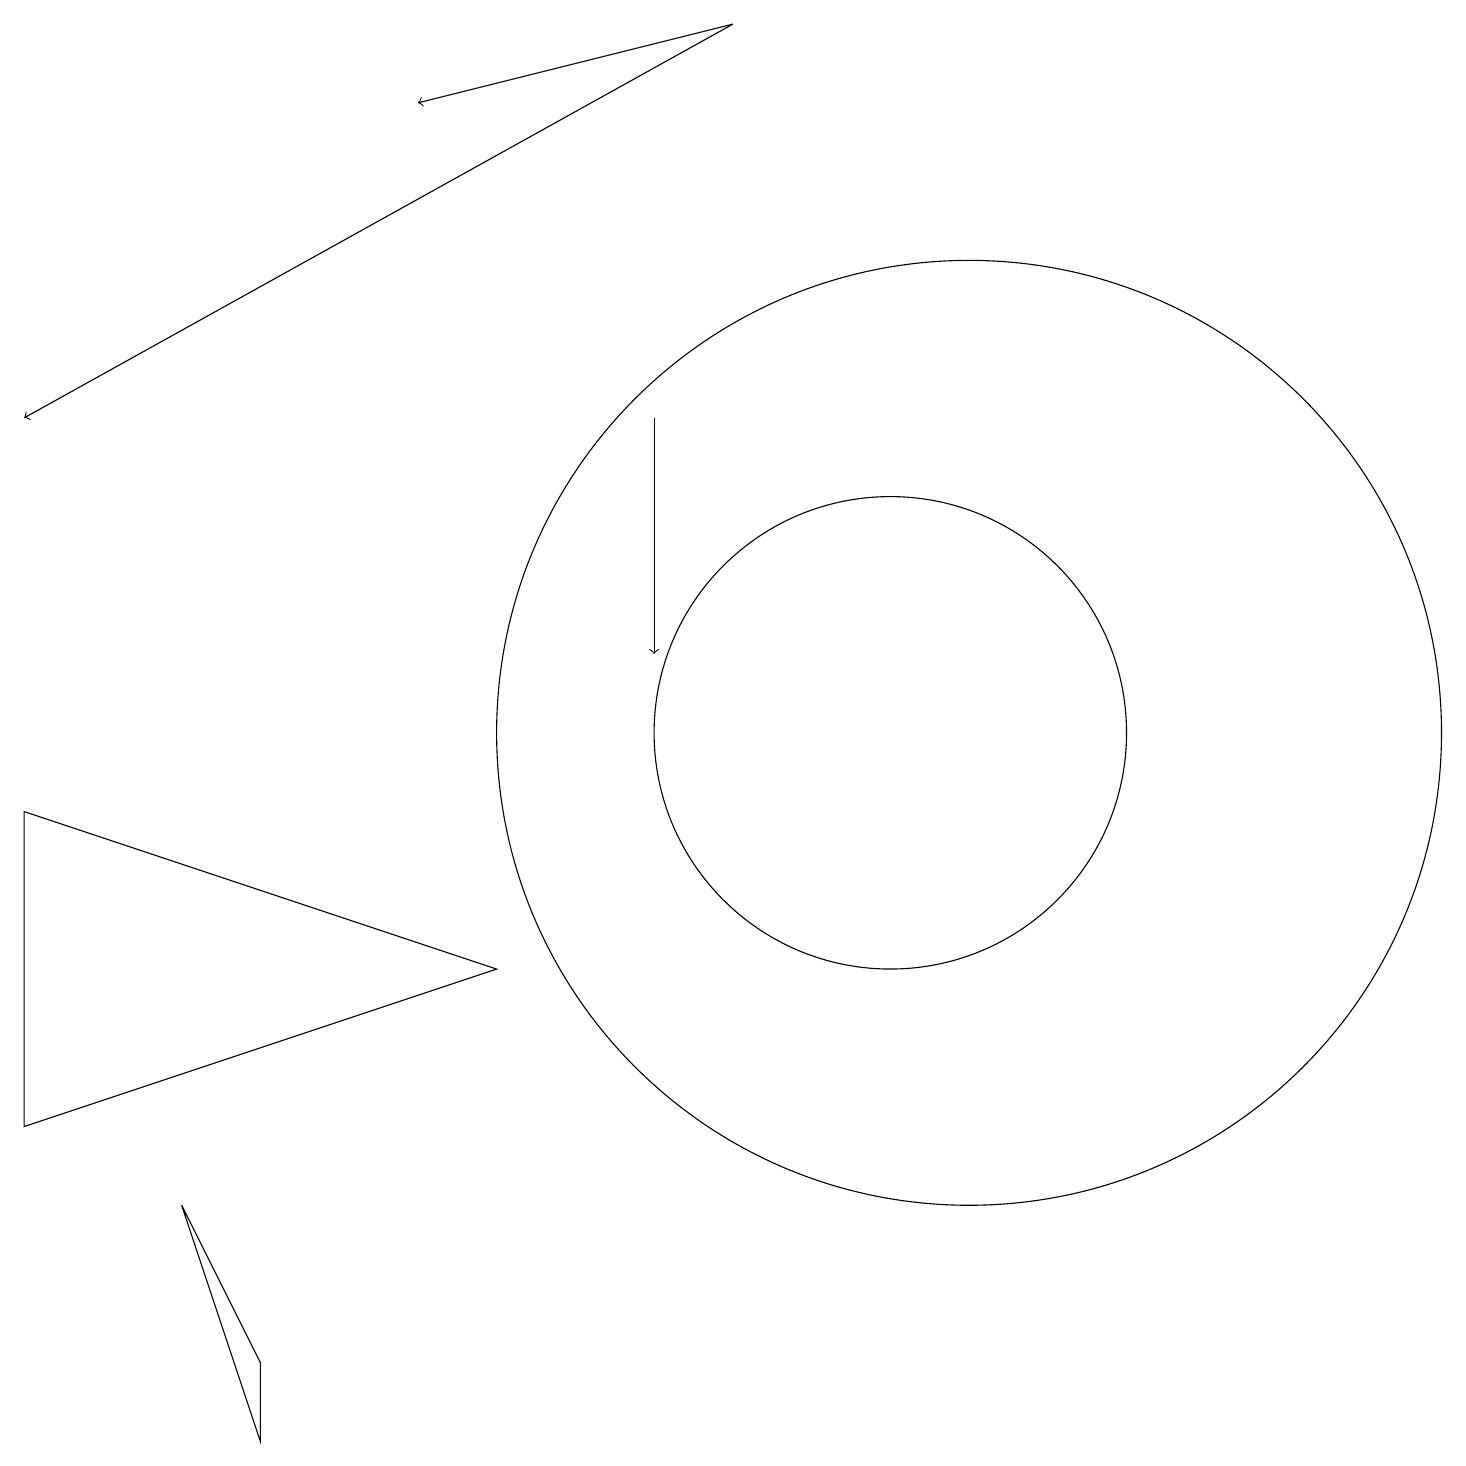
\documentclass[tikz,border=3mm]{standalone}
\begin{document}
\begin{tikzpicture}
\draw[->] (9,19) -- (0,14);
\draw (11,10) circle (3);
\draw (12,10) circle (6);
\draw[->] (9,19) -- (5,18);
\draw (0,5) -- (0,9) -- (6,7) -- cycle;
\draw (3,1) -- (2,4) -- (3,2) -- cycle;
\draw[->] (8,14) -- (8,11);
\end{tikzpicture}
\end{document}